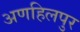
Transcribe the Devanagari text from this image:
अणहिलपुर